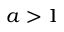
a > 1